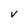
Character: v